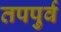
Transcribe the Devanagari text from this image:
तपपुर्व